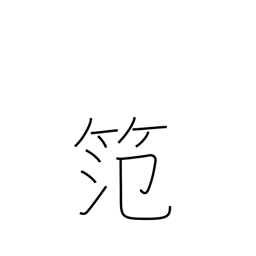
Meaning: bamboo frame